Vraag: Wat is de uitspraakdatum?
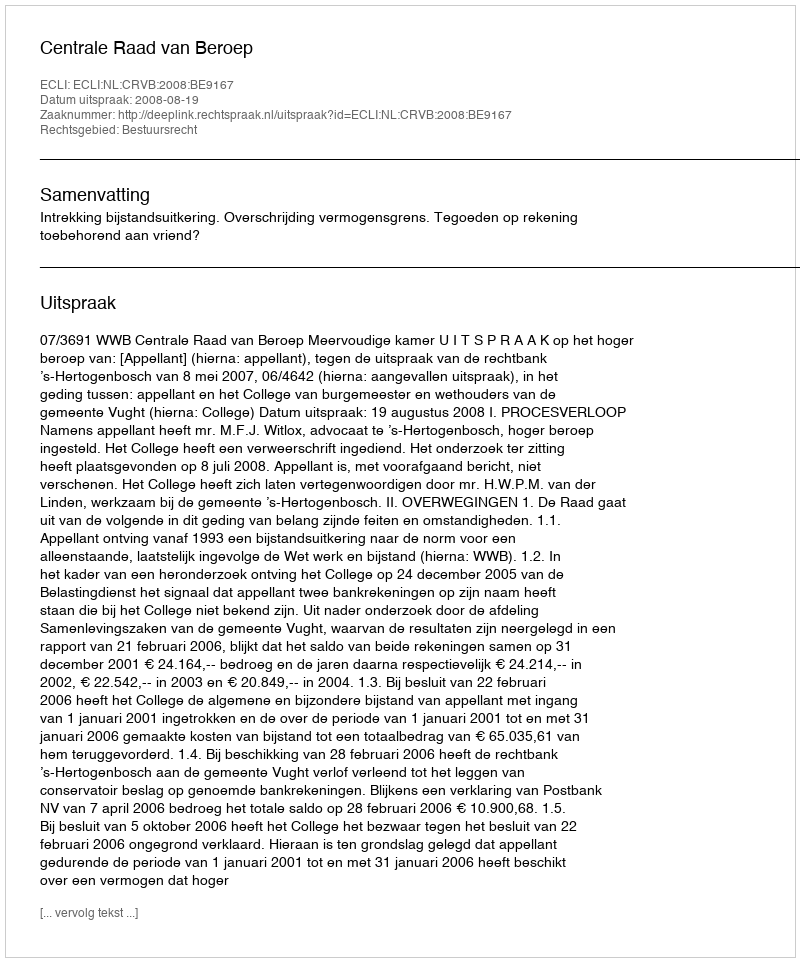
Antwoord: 2008-08-19